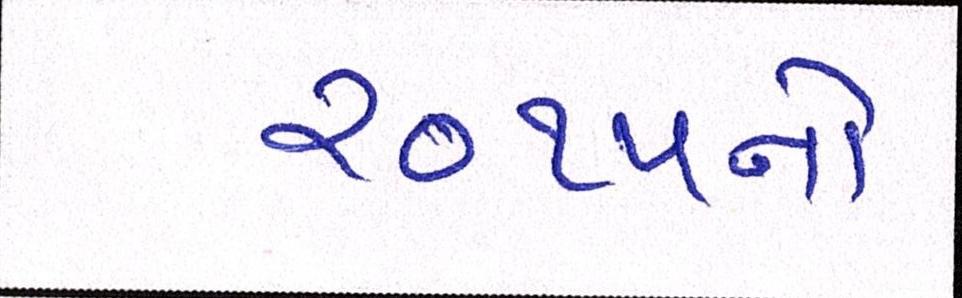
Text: ૨૦૧૫નો